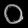
Digit: ၀